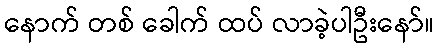
နောက် တစ် ခေါက် ထပ် လာခဲ့ပါဦးနော်။